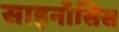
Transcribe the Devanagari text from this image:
साइनॉसिस